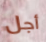
أجل